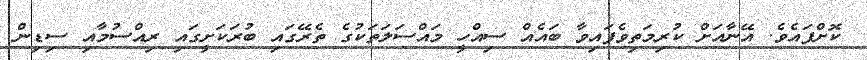
ކޮށްފައެވެ. އޭނާއަށް ކުރިމަތިވެފައިވާ ބައެއް ސިއްހީ މައްސަލަތަކުގެ ތެރޭގައި ބުރަކަށީގައި ރިއްސުމާއި ސިޑިން